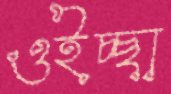
ওইচ্ছা